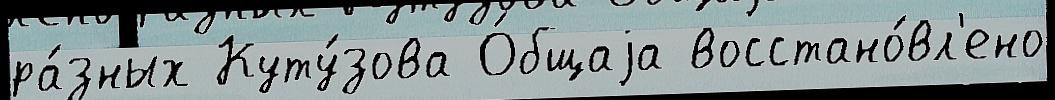
ра́зных Куту́зова О́бщаjа восстано́вл'ено